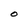
Character: O